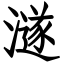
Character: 澻